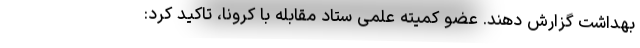
بهداشت گزارش دهند. عضو کمیته علمی ستاد مقابله با کرونا، تاکید کرد: